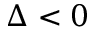
\Delta < 0